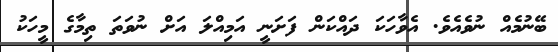
ބޭނުމެއް ނުވެއެވެ. އެވާހަކަ ދައްކަން ފަށަނީ އަމިއްލަ އަށް ނުވަތަ ތިމާގެ މީހަކު